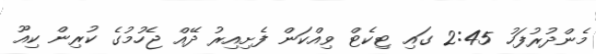
މެންދުރުފަހު 2:45 ގައި ޓިކެޓް ވިއްކަން ފެށިއިރު ދޭއް ޖެހުމުގެ ކުރިން ކިއޫ